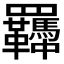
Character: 𦍈